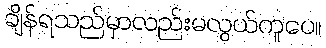
ချိန်ရသည်မှာလည်းမလွယ်ကူပေ။